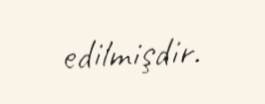
edilmişdir.